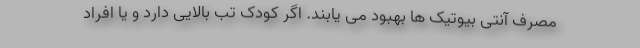
مصرف آنتی بیوتیک ها بهبود می یابند. اگر کودک تب بالایی دارد و یا افراد